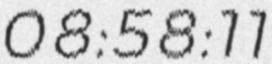
08:58:11